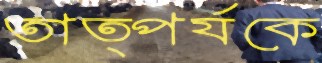
তাত্পর্যকে